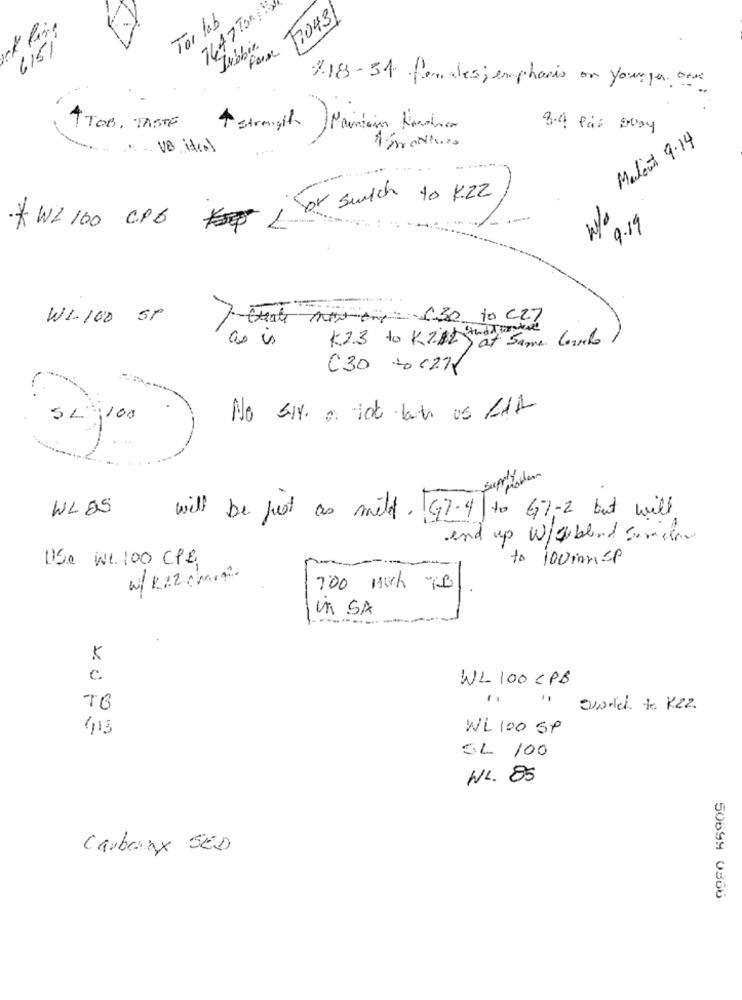
7647TONEN
720431
Tor lab
Jubbir.
6151
118-34 finales; emphasis on younger one
1
strength
TTOB. TASTE
Maintain Landina
8.4 Pas EDAY
Malout 9.14
1 mmantes
... .
--
* W2 100 CPB ior Switch to KZ2
w/o
9.19
7 crate morrone 130 10 C27
W1-100 SP
as is
K 2.3 to K282 + at Same Card
C30 -01275
SL 1100
WLOS
will be jest as mild. G7-4 to 67-2 but will
end
up W/abend Semelle
USO We 100 CPE
to 100insp
W/R22 charti
700 Mah TB
Un SA
c.
WL 100 CPB
" 1 "
TO
' Sworth to Kez
WL 100 SP
SL 100
WL. 85
Carbonx SED
50699 0366